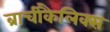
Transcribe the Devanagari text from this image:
ब्राचीकैलिक्स